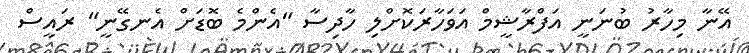
އޭނާ މިހާރު ބުނަނީ އަފްރާޝީމް އަވަހާރަކޮށްލި ހާދިސާ "އެންމެ ބޮޑަށް އެނގޭނީ" ރައީސް